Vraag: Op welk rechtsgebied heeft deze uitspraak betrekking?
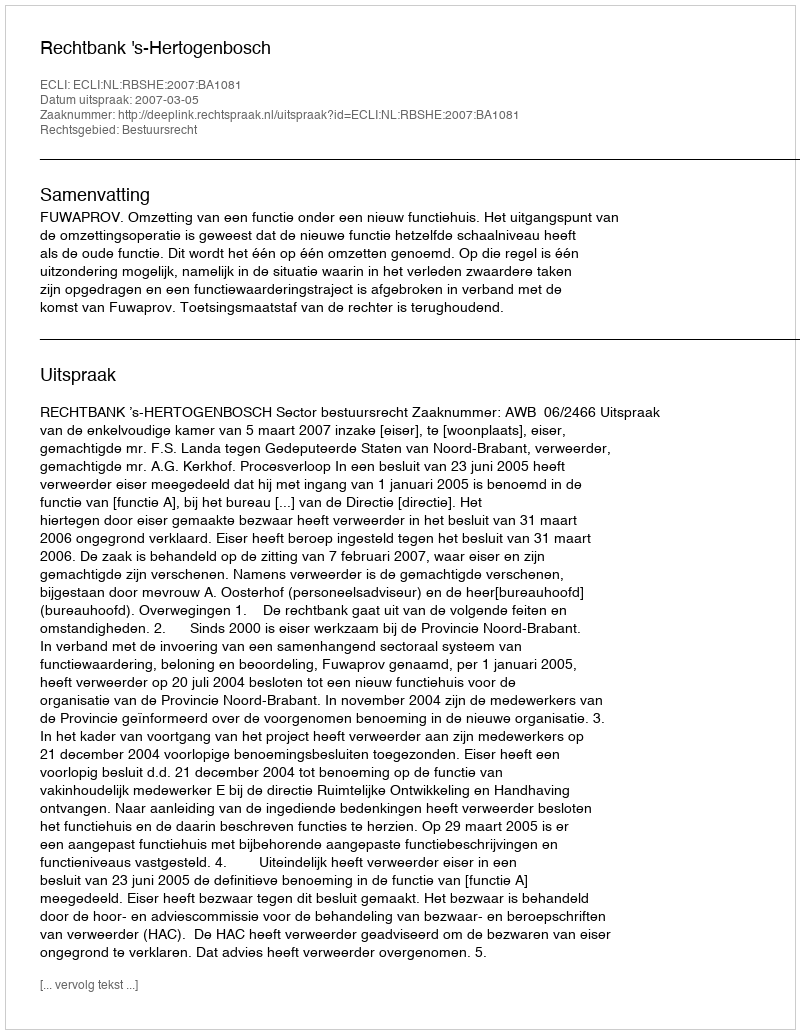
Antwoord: Bestuursrecht